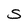
Character: S